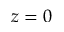
z = 0